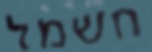
חשמל